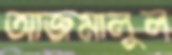
আজমালুল